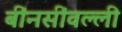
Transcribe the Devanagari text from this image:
बींनसींवल्ली